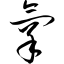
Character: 氧